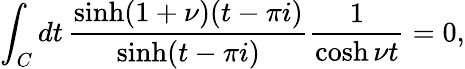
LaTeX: \int_{C}dt\, \frac{\sinh(1+\nu)(t-\pi i)}{\sinh(t-\pi i)}\frac{1}{\cosh\nu t}=0,